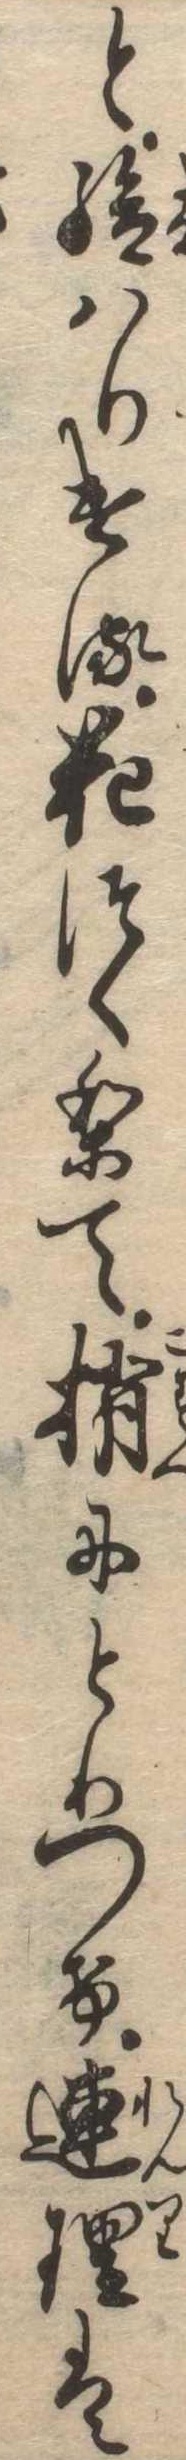
と給はりける花つくりて梢にとりつけ連理は